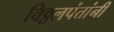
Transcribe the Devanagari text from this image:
विठ्ठलपंतांनी